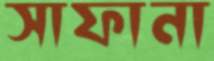
সাফানা